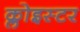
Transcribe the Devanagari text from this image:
क्लोइस्टर